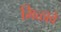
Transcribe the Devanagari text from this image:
मिळा्वे